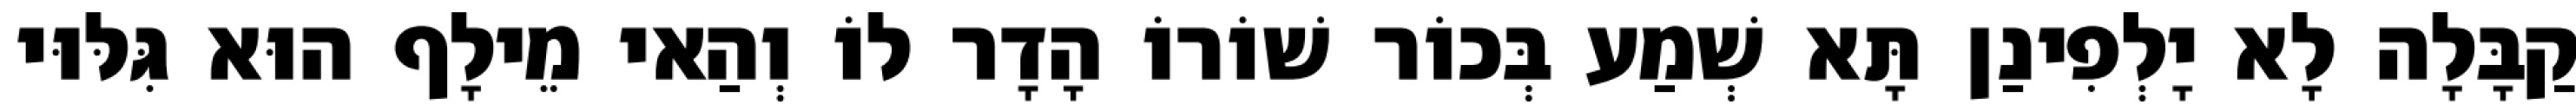
קַבָּלָה לָא יָלְפִינַן תָּא שְׁמַע בְּכוֹר שׁוֹרוֹ הָדָר לוֹ וְהַאי מֵילָף הוּא גִּלּוּי